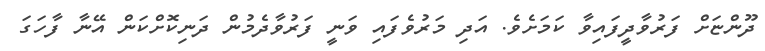
ދޫންޏަށް ފަރުވާދީފައިވާ ކަމަށެވެ. އަދި މަރުވެފައި ވަނީ ފަރުވާދެމުން ދަނިކޮށްކަން އޭނާ ފާހަގަ